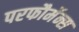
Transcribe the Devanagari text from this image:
परफौर्मेन्स